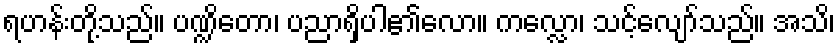
ရဟန်းတို့သည်။ ပဏ္ဍိတော၊ ပညာရှိပါ၏လော။ ကလ္လော၊ သင့်လျော်သည်။ အသိ၊